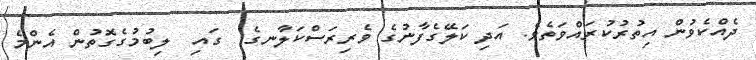
ދެއްކެވުން އިތުރުކުރައްވަތެވެ. އަދި ކަލޭގެފާނުގެ ވެރިރަސްކަލާނގެ  ގައި  ލިބުމުގެގޮތުން އެންމެ